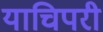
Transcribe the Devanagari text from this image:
याचिपरी